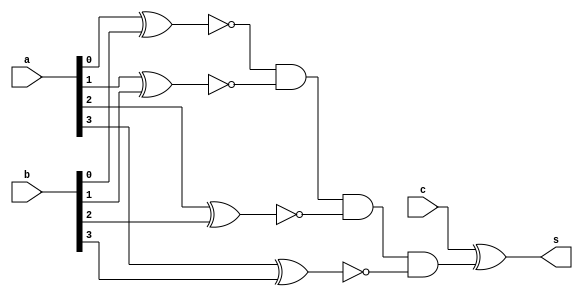
// ------------------------- 
// Exemplo0036 - F4 
// Nome: Ursula Rosa Monteiro de Castro
// ------------------------- 
// ------------------------- 
// f4_gate 
// ------------------------- 
module f4 (output s, input [3:0] a, input [3:0] b,input c); 
// -- descrio
wire [3:0] fioXNOR;
wire sand;

xnor XNOR1 (fioXNOR[0], a[0], b[0]);
xnor XNOR2 (fioXNOR[1], a[1], b[1]);
xnor XNOR3 (fioXNOR[2], a[2], b[2]);
xnor XNOR4 (fioXNOR[3], a[3], b[3]);

and AND1 (sand, fioXNOR[0], fioXNOR[1], fioXNOR[2], fioXNOR[3]);

xor XOR5 (s, c, sand);

endmodule // f4 

// ------------------------- 
module test_f4; 
// ------------------------- definir dados 
reg [3:0] x; 
reg [3:0] y; 
reg c;
wire z; 
f4 modulo (z, x, y, c); 
// ------------------------- parte principal 
initial begin 
$display("Exemplo0036 - Ursula Rosa - 427468"); 
$display("Test LU's module"); 
x = 4'b0011; y = 4'b0101; c=0;
// projetar testes do modulo 
#1 $monitor("%3b %3b option: %1b = %3b",x,y,c,z); 
#1 c=1;
#1 x = 4'b1010; y = 4'b1101; c=0;
#1 x = 4'b1010; y = 4'b1101; c=1;
#1 x = 4'b1111; y = 4'b1111; c=0;
#1 x = 4'b1111; y = 4'b1111; c=1;
#1 x = 4'b0000; y = 4'b1000; c=0;
#1 x = 4'b0010; y = 4'b0001; c=1;
#1 x = 4'b1010; y = 4'b0101; c=0;
#1 x = 4'b1010; y = 4'b0101; c=1;
end 
endmodule // test_f4